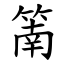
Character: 䈒